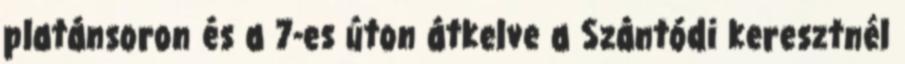
platánsoron és a 7-es úton átkelve a Szántódi keresztnél